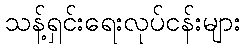
သန့်ရှင်းရေးလုပ်ငန်းများ